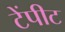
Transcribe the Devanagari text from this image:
टेंपीट